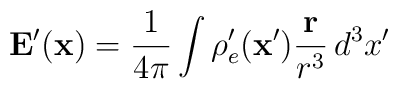
\mathbf{E}^{\prime}(\mathbf{x}) =\frac{1}{4\pi}\int\rho_e^{\prime}(\mathbf{x}')\frac{\mathbf{r}}{r^3}\,d^3x'